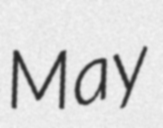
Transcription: May